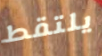
يلتقط